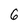
Character: 6